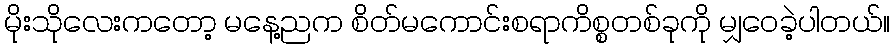
မိုးသိုလေးကတော့ မနေ့ညက စိတ်မကောင်းစရာကိစ္စတစ်ခုကို မျှဝေခဲ့ပါတယ်။